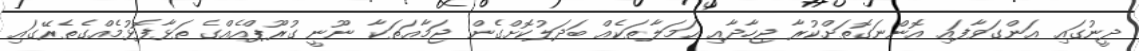
ދީނުގައި އަންގަވާފައި އޮންނަގޮތަށްކުރާ ޖިހާދާއި ޙަމަލާތަކެއް ބަދަލުކޮށްގެން ޖަމާޢަތަކާ ނޫނީ ގުރޫޕްއެއްގެ ތަޅާފޮޅުމެއްގެތެރޭގައި